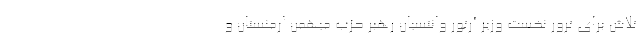
تلاش برای ترور نخست وزیر آرتور وانتسیان رهبر حزب میهمن ارمنستان و